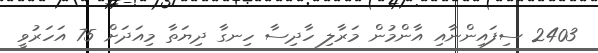
2403 ސިފައިންނާއި އާންމުން މަރާލި ހާދިސާ ހިނގާ ދިޔަތާ މިއަދަށް 75 އަހަރުވީ